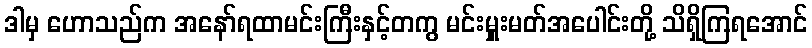
ဒါမှ ဟောသည်က အနော်ရထာမင်းကြီးနှင့်တကွ မင်းမှူးမတ်အပေါင်းတို့ သိရှိကြရအောင်